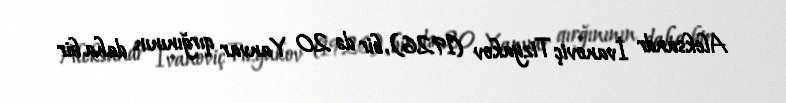
Aleksandr İvanoviç Tizyakov (1926), bir də 20 Yanvar qırğınının daha bir